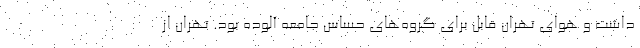
داشت و هوای تهران قابل برای گروه‌های حساس جامعه آلوده بود. تهران از